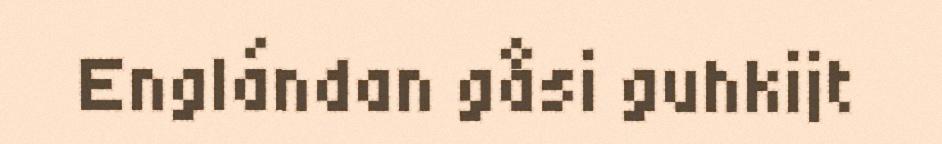
Englándan gåsi guhkijt